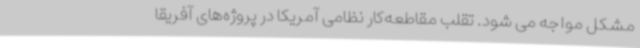
مشکل مواجه می شود. تقلب مقاطعه‌کار نظامی آمریکا در پروژه‌های آفریقا